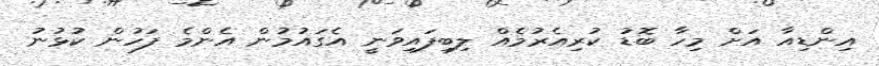
އިންޑިއާ އަށް މިހާ ބޮޑު ކުރިއެރުމެއް ލިބިފައިވަނީ އެގައުމުން އެންމެ ފަހުން ކުޅުނު